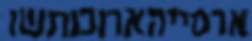
ארסייהארוכותשו